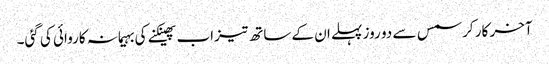
آخر کار کرسمس سے دو روز پہلے ان کے ساتھ تیزاب پھینکنے کی بہیمانہ کاروائی کی گئی۔